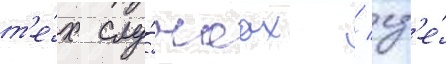
т'е́х слу́чаах / гд'е́